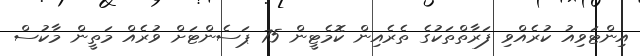
އިންޓަވިއު ކުރެއްވި ފަރާތްތަކުގެ ތެރެއިން ކޮމެޓީން 75 ޕަސެންޓަށް ވުރެއް މަތީން މާކުސް